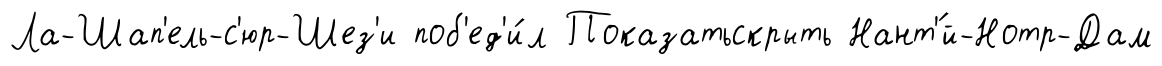
Ла-Шап'ель-с'юр-Шез'и поб'ед'и́л Показатьскрыть Нант'́й-Нотр-Дам